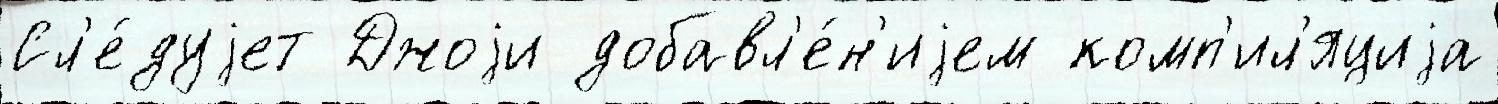
Сл'е́дуjет Джоjи добавл'е́н'иjем комп'ил'яциjа